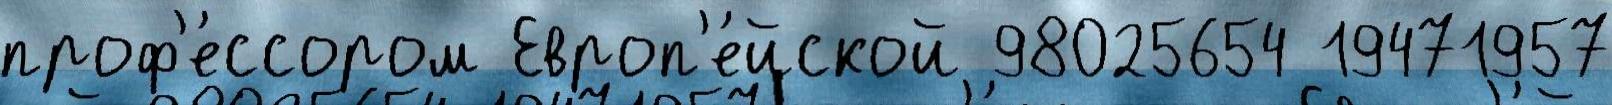
проф'е́ссором Европ'е́йской 98025654 19471957